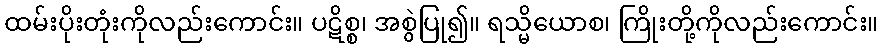
ထမ်းပိုးတုံးကိုလည်းကောင်း။ ပဋိစ္စ၊ အစွဲပြု၍။ ရသ္မိယောစ၊ ကြိုးတို့ကိုလည်းကောင်း။